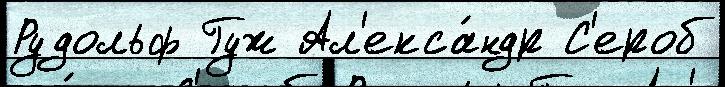
Рудольф Гуж Ал'екса́ндр С'ероб